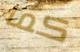
كما